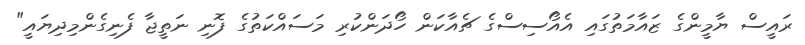
ރައީސް ޔާމީންގެ ޒައާމަތުގައި އެއޯސިސްގެ ޗެއާކަން ހޯދަންކުރި މަސައްކަތުގެ ފޮނި ނަތީޖާ ފެނިގެންމިދިޔައީ"